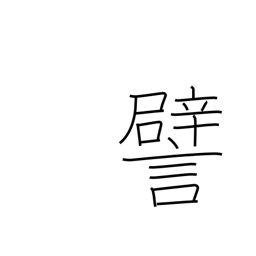
Meaning: illustrate